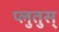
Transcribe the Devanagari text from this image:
प्लुतुस्